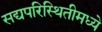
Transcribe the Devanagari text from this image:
सद्यपरिस्थितीमध्ये